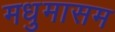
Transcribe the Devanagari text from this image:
मधुमासम